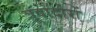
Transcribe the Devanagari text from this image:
त्रूवादोरों